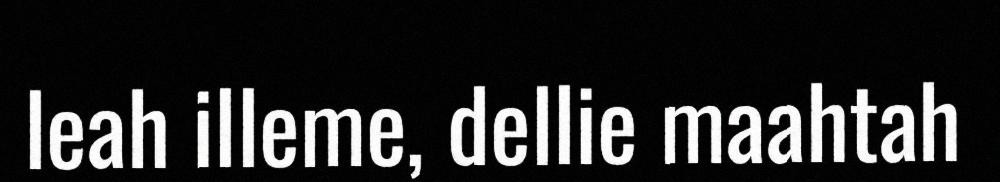
leah illeme, dellie maahtah